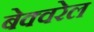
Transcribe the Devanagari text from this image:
बेक्वरेल